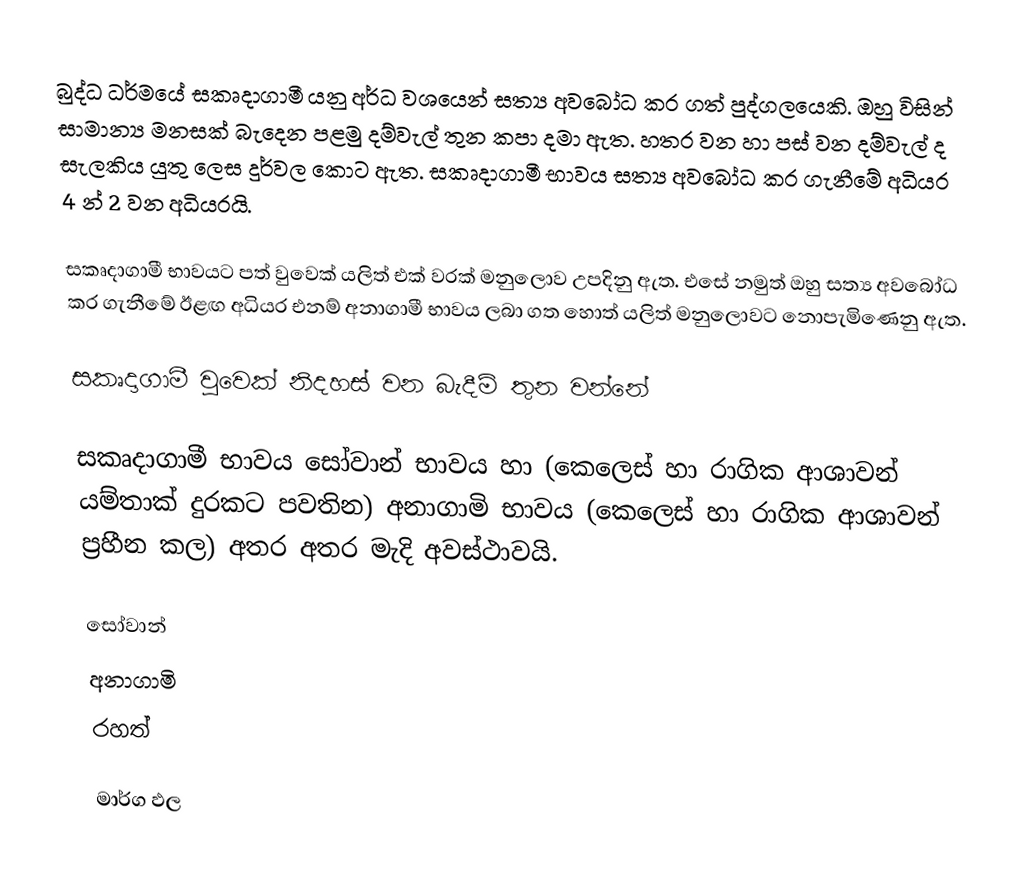
බුද්ධ ධර්මයේ සකෘදාගාමී යනු අර්ධ වශයෙන් සත්‍ය අවබෝධ කර ගත් පුද්ගලයෙකි. ඔහු විසින් සාමාන්‍ය මනසක් බැදෙන පළමු දම්වැල් තුන කපා දමා ඇත. හතර වන හා පස් වන දම්වැල් ද සැලකිය යුතු ලෙස දුර්වල කොට ඇත. සකෘදාගාමී භාවය සත්‍ය අවබෝධ කර ගැනීමේ අධියර 4 න් 2 වන අධියරයි.

සකෘදාගාමී භාවයට පත් වුවෙක් යලිත් එක් වරක් මනුලොව උපදිනු ඇත. එසේ නමුත් ඔහු සත්‍ය අවබෝධ කර ගැනීමේ ඊළඟ අධියර එනම් අනාගාමී භාවය ලබා ගත හොත් යලිත් මනුලොවට නොපැමිණෙනු ඇත.

සකෘදාගාමී වුවෙක් නිදහස් වන බැදීම් තුන වන්නේ

සකෘදාගාමී භාවය සෝවාන් භාවය හා (කෙලෙස් හා රාගික ආශාවන් යම්තාක් දුරකට පවතින) අනාගාමි භාවය (කෙලෙස් හා රාගික ආශාවන් ප්‍රහීන කල) අතර අතර මැදි අවස්ථාවයි.

 සෝවාන්
 අනාගාමි
 රහත්

මාර්ග ඵල